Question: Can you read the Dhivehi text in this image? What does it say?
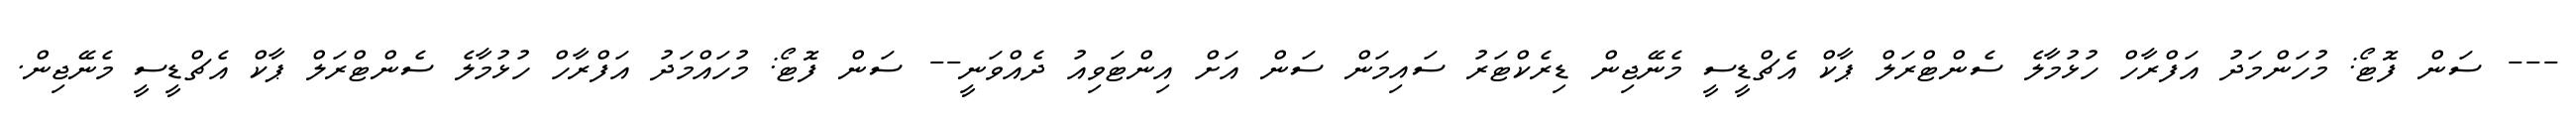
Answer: --- ސަން ފޮޓޯ: މުހަންމަދު އަފްރާހް ހުޅުމާލެ ސެންޓްރަލް ޕާކް އެޗްޑީސީ މެނޭޖިން ޑިރެކްޓަރު ސައިމަން ސަން އަށް އިންޓަވިއު ދެއްވަނީ-- ސަން ފޮޓޯ: މުހައްމަދު އަފްރާހް ހުޅުމާލެ ސެންޓްރަލް ޕާކް އެޗްޑީސީ މެނޭޖިން.